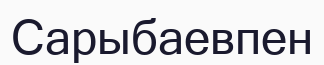
Сарыбаевпен